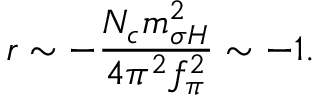
r \sim - \frac { N _ { c } m _ { \sigma H } ^ { 2 } } { 4 \pi ^ { 2 } f _ { \pi } ^ { 2 } } \sim - 1 .